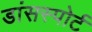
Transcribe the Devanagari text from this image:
डांसस्पोर्ट